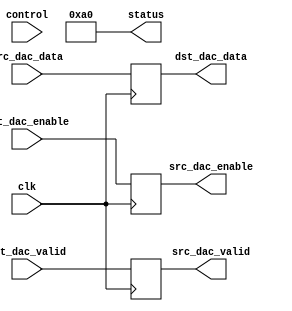
module prcfg_dac(

  clk,

  // control ports
  control,
  status,

  // FIFO interface
  src_dac_enable,
  src_dac_data,
  src_dac_valid,

  dst_dac_enable,
  dst_dac_data,
  dst_dac_valid
);

  localparam  RP_ID       = 8'hA0;
  parameter   CHANNEL_ID  = 0;

  input             clk;

  input   [31:0]    control;
  output  [31:0]    status;

  output            src_dac_enable;
  input   [15:0]    src_dac_data;
  output            src_dac_valid;

  input             dst_dac_enable;
  output  [15:0]    dst_dac_data;
  input             dst_dac_valid;

  reg               src_dac_enable;
  reg               src_dac_valid;
  reg     [15:0]    dst_dac_data;

  assign status = {24'h0, RP_ID};

  always @(posedge clk) begin
    src_dac_enable  <= dst_dac_enable;
    dst_dac_data    <= src_dac_data;
    src_dac_valid   <= dst_dac_valid;
  end
endmodule